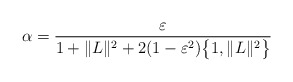
\begin{align*}\alpha=\frac{\varepsilon}{1+\|L\|^2+2(1-\varepsilon^{2})\big\{1,\|L\|^2\big\}}\end{align*}